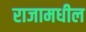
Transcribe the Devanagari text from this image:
राजामधील